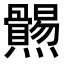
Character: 𤓑